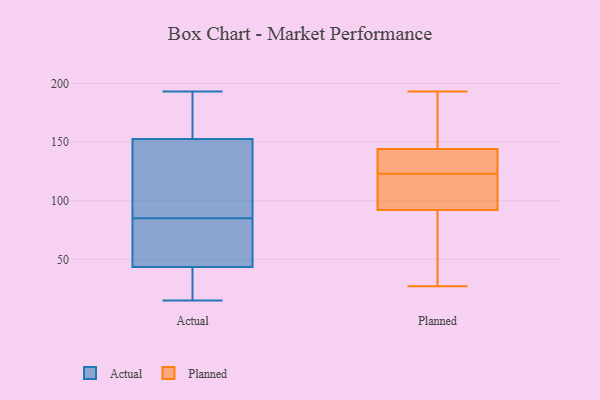
{"axis": {"x": "Temperature (°C)", "y": "Value"}, "legend": ["Actual", "Planned"], "data": [{"x": "", "y": 24, "type": "Actual"}, {"x": "", "y": 58, "type": "Actual"}, {"x": "", "y": 174, "type": "Actual"}, {"x": "", "y": 193, "type": "Actual"}, {"x": "", "y": 75, "type": "Actual"}, {"x": "", "y": 153, "type": "Actual"}, {"x": "", "y": 165, "type": "Actual"}, {"x": "", "y": 119, "type": "Actual"}, {"x": "", "y": 15, "type": "Actual"}, {"x": "", "y": 151, "type": "Actual"}, {"x": "", "y": 45, "type": "Actual"}, {"x": "", "y": 85, "type": "Actual"}, {"x": "", "y": 112, "type": "Actual"}, {"x": "", "y": 43, "type": "Actual"}, {"x": "", "y": 106, "type": "Actual"}, {"x": "", "y": 69, "type": "Actual"}, {"x": "", "y": 37, "type": "Actual"}, {"x": "", "y": 21, "type": "Actual"}, {"x": "", "y": 171, "type": "Actual"}, {"x": "", "y": 93, "type": "Planned"}, {"x": "", "y": 144, "type": "Planned"}, {"x": "", "y": 101, "type": "Planned"}, {"x": "", "y": 106, "type": "Planned"}, {"x": "", "y": 178, "type": "Planned"}, {"x": "", "y": 193, "type": "Planned"}, {"x": "", "y": 138, "type": "Planned"}, {"x": "", "y": 123, "type": "Planned"}, {"x": "", "y": 156, "type": "Planned"}, {"x": "", "y": 158, "type": "Planned"}, {"x": "", "y": 123, "type": "Planned"}, {"x": "", "y": 90, "type": "Planned"}, {"x": "", "y": 137, "type": "Planned"}, {"x": "", "y": 92, "type": "Planned"}, {"x": "", "y": 137, "type": "Planned"}, {"x": "", "y": 92, "type": "Planned"}, {"x": "", "y": 27, "type": "Planned"}, {"x": "", "y": 65, "type": "Planned"}]}